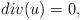
LaTeX: \begin{align*} div(u)=0, \end{align*}